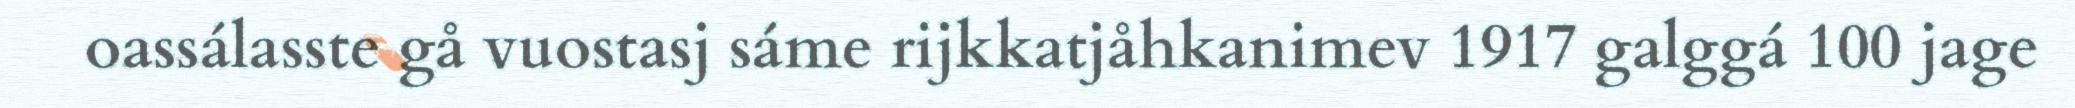
oassálasste gå vuostasj sáme rijkkatjåhkanimev 1917 galggá 100 jage